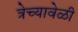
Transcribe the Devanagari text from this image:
त्रेच्यावेळी